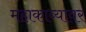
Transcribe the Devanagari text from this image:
महाकाव्यावर